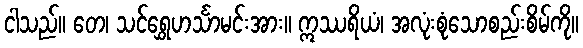
ငါသည်။ တေ၊ သင်ရွှေဟင်္သာမင်းအား။ ဣဿရိယံ၊ အလုံးစုံသောစည်းစိမ်ကို။